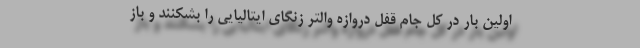
اولین بار در کل جام قفل دروازه والتر زنگای ایتالیایی را بشکنند و باز